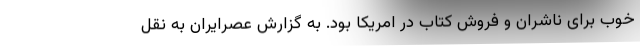
خوب برای ناشران و فروش کتاب در امریکا بود. به گزارش عصرایران به نقل